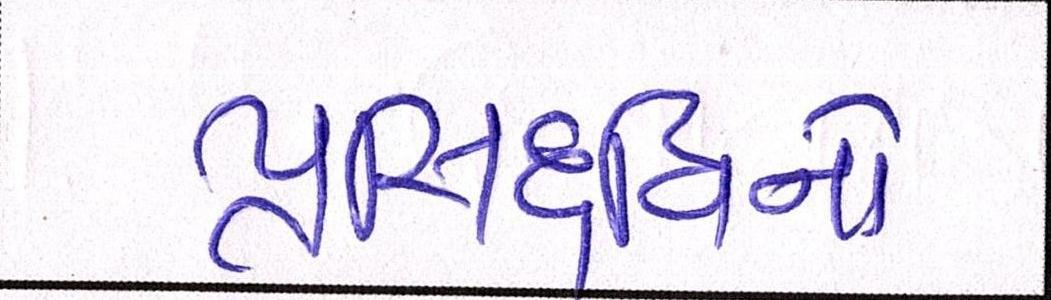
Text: પ્રસિદ્ધિનો